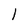
Character: l